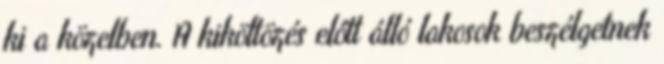
ki a közelben. A kiköltözés előtt álló lakosok beszélgetnek